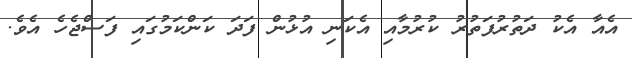
އެއާ އެކު ދަތުރުފަތުރު ކުރުމާއި އެކަނި އުޅުން ފަދަ ކަންކަމުގައި ފަސްޖެހެ އެވެ.